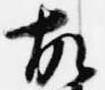
故